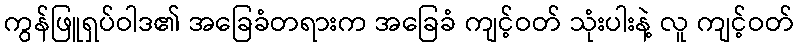
ကွန်ဖြူရှပ်ဝါဒ၏ အခြေခံတရားက အခြေခံ ကျင့်ဝတ် သုံးပါးနဲ့ လူ ကျင့်ဝတ်